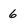
Character: 6